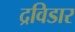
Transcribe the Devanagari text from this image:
द्रविडार